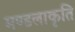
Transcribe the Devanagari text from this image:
मण्डलाकृति